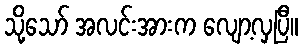
သို့သော် အလင်းအားက လျော့လှပြီ။